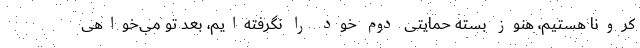
کرونا هستیم، هنوز بسته حمایتی دوم خود را نگرفته‌ایم، بعد تو می‌خواهی